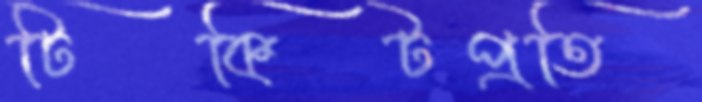
টিকিটপ্রতি